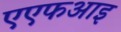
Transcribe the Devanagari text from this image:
एएफआइ